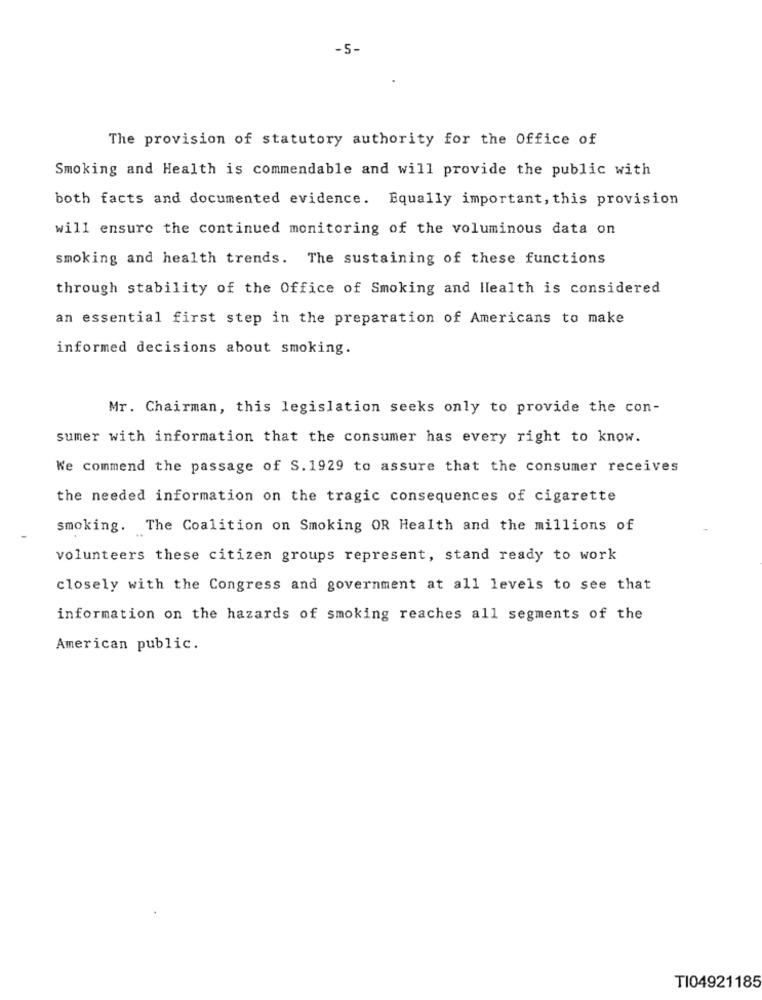
-5-
The provision of statutory authority for the Office of
Smoking and Health is commendable and will provide the public with
both facts and documented evidence. Equally important, this provision
will ensure the continued monitoring of the voluminous data on
smoking and health trends. The sustaining of these functions
through stability of the Office of Smoking and Health is considered
an essential first step in the preparation of Americans to make
informed decisions about smoking.
Mr. Chairman, this legislation seeks only to provide the con-
sumer with information that the consumer has every right to know.
We commend the passage of S. 1929 to assure that the consumer receives
the needed information on the tragic consequences of cigarette
smoking. The Coalition on Smoking OR Health and the millions of
volunteers these citizen groups represent, stand ready to work
closely with the Congress and government at all levels to see that
information on the hazards of smoking reaches all segments of the
American public.
TI04921185